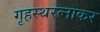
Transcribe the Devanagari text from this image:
गृहस्थरत्नाकर